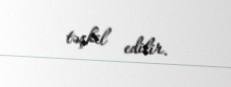
təşkil edilir.